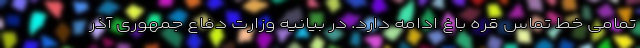
تمامی خط تماس قره باغ ادامه دارد. در بیانیه وزارت دفاع جمهوری آذر